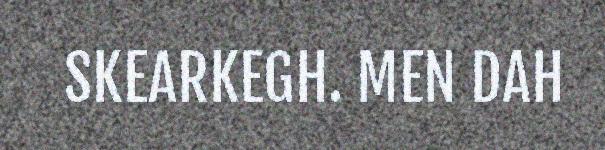
SKEARKEGH. MEN DAH